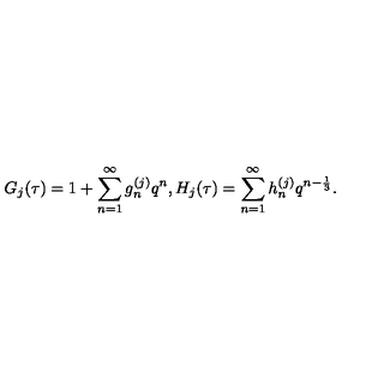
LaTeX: G _ { j } ( \tau ) = 1 + \sum _ { n = 1 } ^ { \infty } g _ { n } ^ { ( j ) } q ^ { n } , H _ { j } ( \tau ) = \sum _ { n = 1 } ^ { \infty } h _ { n } ^ { ( j ) } q ^ { n - \frac { 1 } { 3 } } .